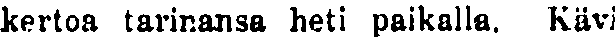
kertoa tarinansa heti paikalla. Kävi